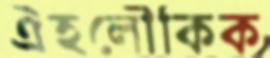
ঐহলৌকিক